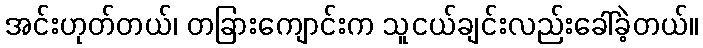
အင်းဟုတ်တယ်၊ တခြားကျောင်းက သူငယ်ချင်းလည်းခေါ်ခဲ့တယ်။